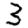
Digit: 3